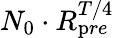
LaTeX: N_{0}\cdot R_{\mathrm pre}^{T/4}